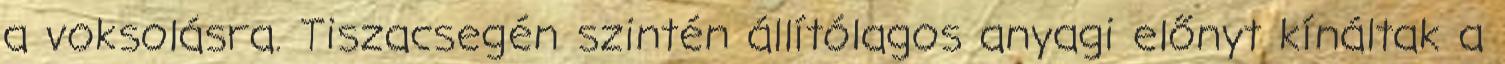
a voksolásra. Tiszacsegén szintén állítólagos anyagi előnyt kínáltak a